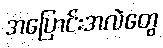
အပြောင်းအလဲတွေ